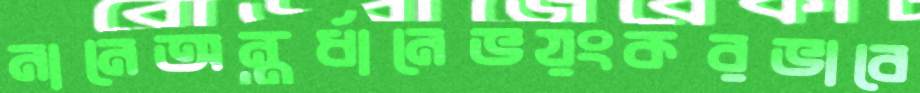
নানেঅন্তর্ধানেভয়ংকরভাবে